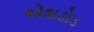
એશડોડ